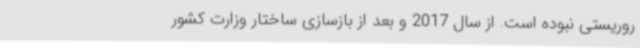
روریستی نبوده است. از سال 2017 و بعد از بازسازی ساختار وزارت کشور